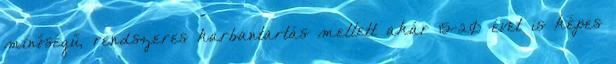
minőségű, rendszeres karbantartás mellett akár 15-20 évet is képes